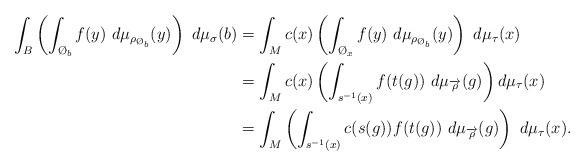
LaTeX: \begin{align*}\int_B\left(\int_{\O_b}f(y)\ d\mu_{\rho_{\O_b}}(y) \right)\ d\mu_{\sigma}(b)&=\int_M c(x)\left(\int_{\O_x}f(y)\ d\mu_{\rho_{\O_b}}(y)\right)\ d\mu_{\tau}(x)\\&=\int_M c(x)\left(\int_{s^{-1}(x)}f(t(g))\ d\mu_{\overrightarrow{\rho}}(g)\right)d\mu_{\tau}(x)\\&=\int_M\left( \int_{s^{-1}(x)}c(s(g))f(t(g))\ d\mu_{\overrightarrow{\rho}}(g)\right)\ d\mu_{\tau}(x).\end{align*}